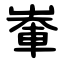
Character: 輋